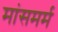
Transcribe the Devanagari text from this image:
मांसमर्म